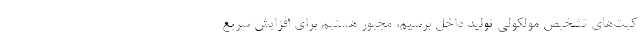
کیت‌های تشخیص مولکولی تولید داخل برسیم، مجبور هستیم برای افزایش سریع